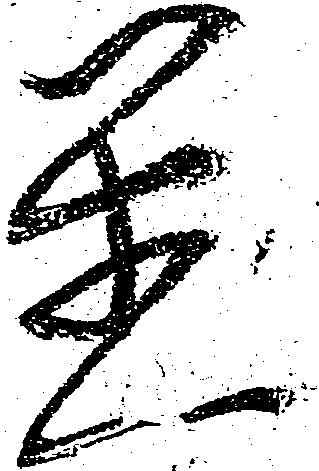
置